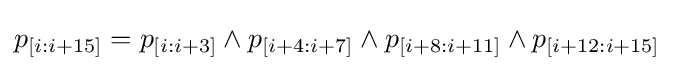
p_{[i:i+15]}=p_{[i:i+3]}\wedge p_{[i+4:i+7]}\wedge p_{[i+8:i+11]}\wedge p_{[i+12:i+15]}